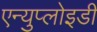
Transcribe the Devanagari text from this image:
एन्युप्लोइडी